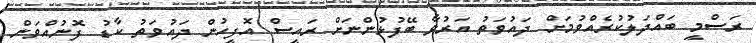
ރަސްމީ ބައްދަލުކުރެއްވުމަށް ދައުވަތު އަރުވާ ބޭފުޅުންނަށް ރައީސް އޮފީހުން ދައުވަތު ކާޑު ފޮނުއްވަން